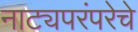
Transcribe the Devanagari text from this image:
नाट्यपरंपरेचे